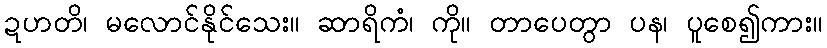
ဍဟတိ၊ မလောင်နိုင်သေး။ ဆာရိကံ၊ ကို။ တာပေတွာ ပန၊ ပူစေ၍ကား။